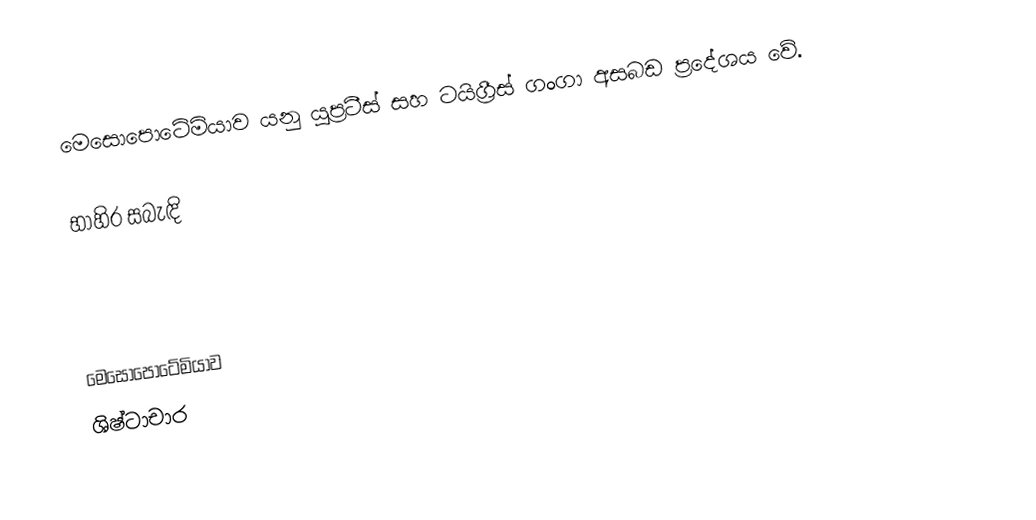
මෙසොපොටේමියාව යනු යුප්‍රටීස් සහ ටයිග්‍රීස් ගංගා අසබඩ ප්‍රදේශය වේ.

භාහිර සබැඳි

මෙසොපොටේමියාව
ශිෂ්ටාචාර